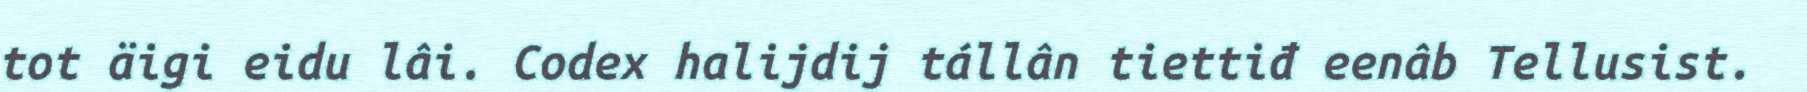
tot äigi eidu lâi. Codex halijdij tállân tiettiđ eenâb Tellusist.